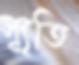
স্যূতি